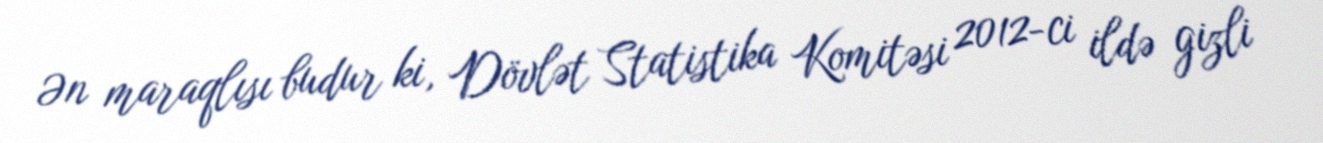
Ən maraqlısı budur ki, Dövlət Statistika Komitəsi 2012-ci ildə gizli